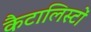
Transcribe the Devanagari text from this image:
कैटालिस्टों